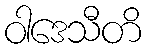
ဝါဒေသီတိ